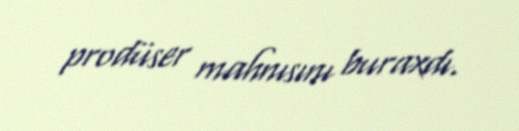
prodüser mahnısını buraxdı.